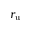
r _ { \mathrm { { u } } }